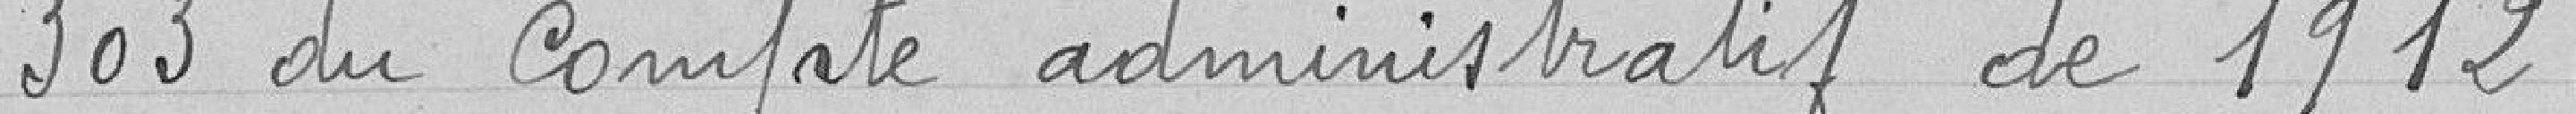
303 du compte administratif de 1912.